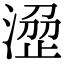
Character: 𣹣